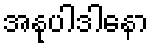
အနုပါဒါနော